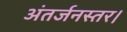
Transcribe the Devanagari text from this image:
अंतर्जनस्तर।